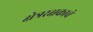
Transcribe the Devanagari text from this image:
क्षेत्ररक्षकाचे